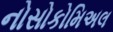
નોસોકોમિઅલ